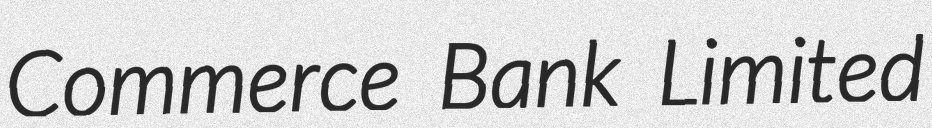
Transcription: Commerce Bank Limited